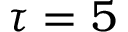
\tau = 5